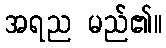
အရည မည်၏။